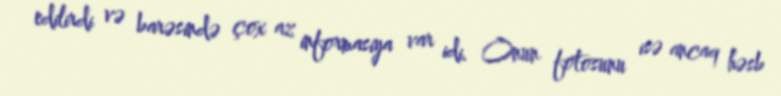
edilirdi və barəsində çox az informasiya var idi. Onun fotosunu isə ancaq həsb